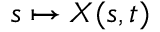
s \mapsto { \ensuremath \boldsymbol { X } } ( s , t )